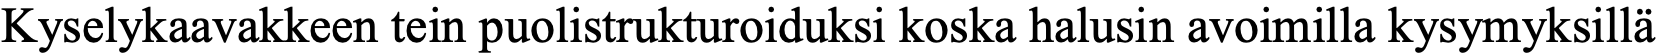
Kyselykaavakkeen tein puolistrukturoiduksi koska halusin avoimilla kysymyksillä